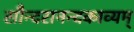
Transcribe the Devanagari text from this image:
सौन्दरानन्दकाव्यम्